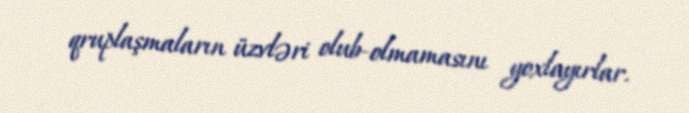
qruplaşmaların üzvləri olub-olmamasını yoxlayırlar.